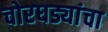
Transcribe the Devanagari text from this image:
चोरघड्यांचा